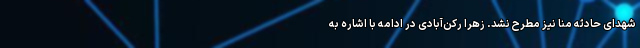
شهدای حادثه منا نیز مطرح نشد. زهرا رکن‌آبادی در ادامه با اشاره به